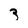
Character: 3